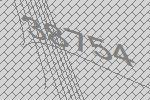
38754